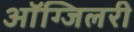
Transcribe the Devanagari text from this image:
ऑग्जिलरी